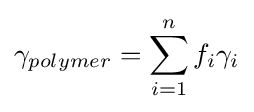
\gamma _{polymer}=\sum _{i=1}^{n}f_{i}\gamma _{i}